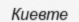
Киевте